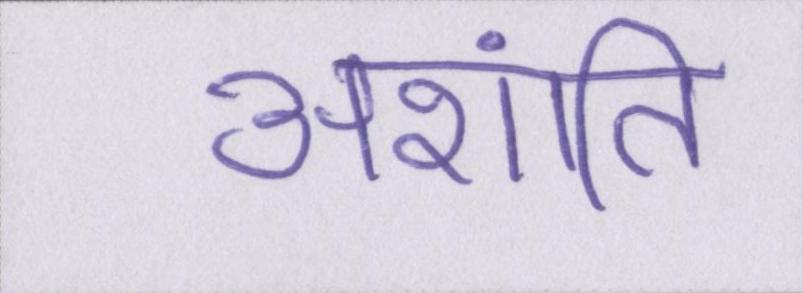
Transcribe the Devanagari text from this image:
अशांति